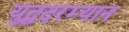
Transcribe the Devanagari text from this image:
युद्धदरम्यान